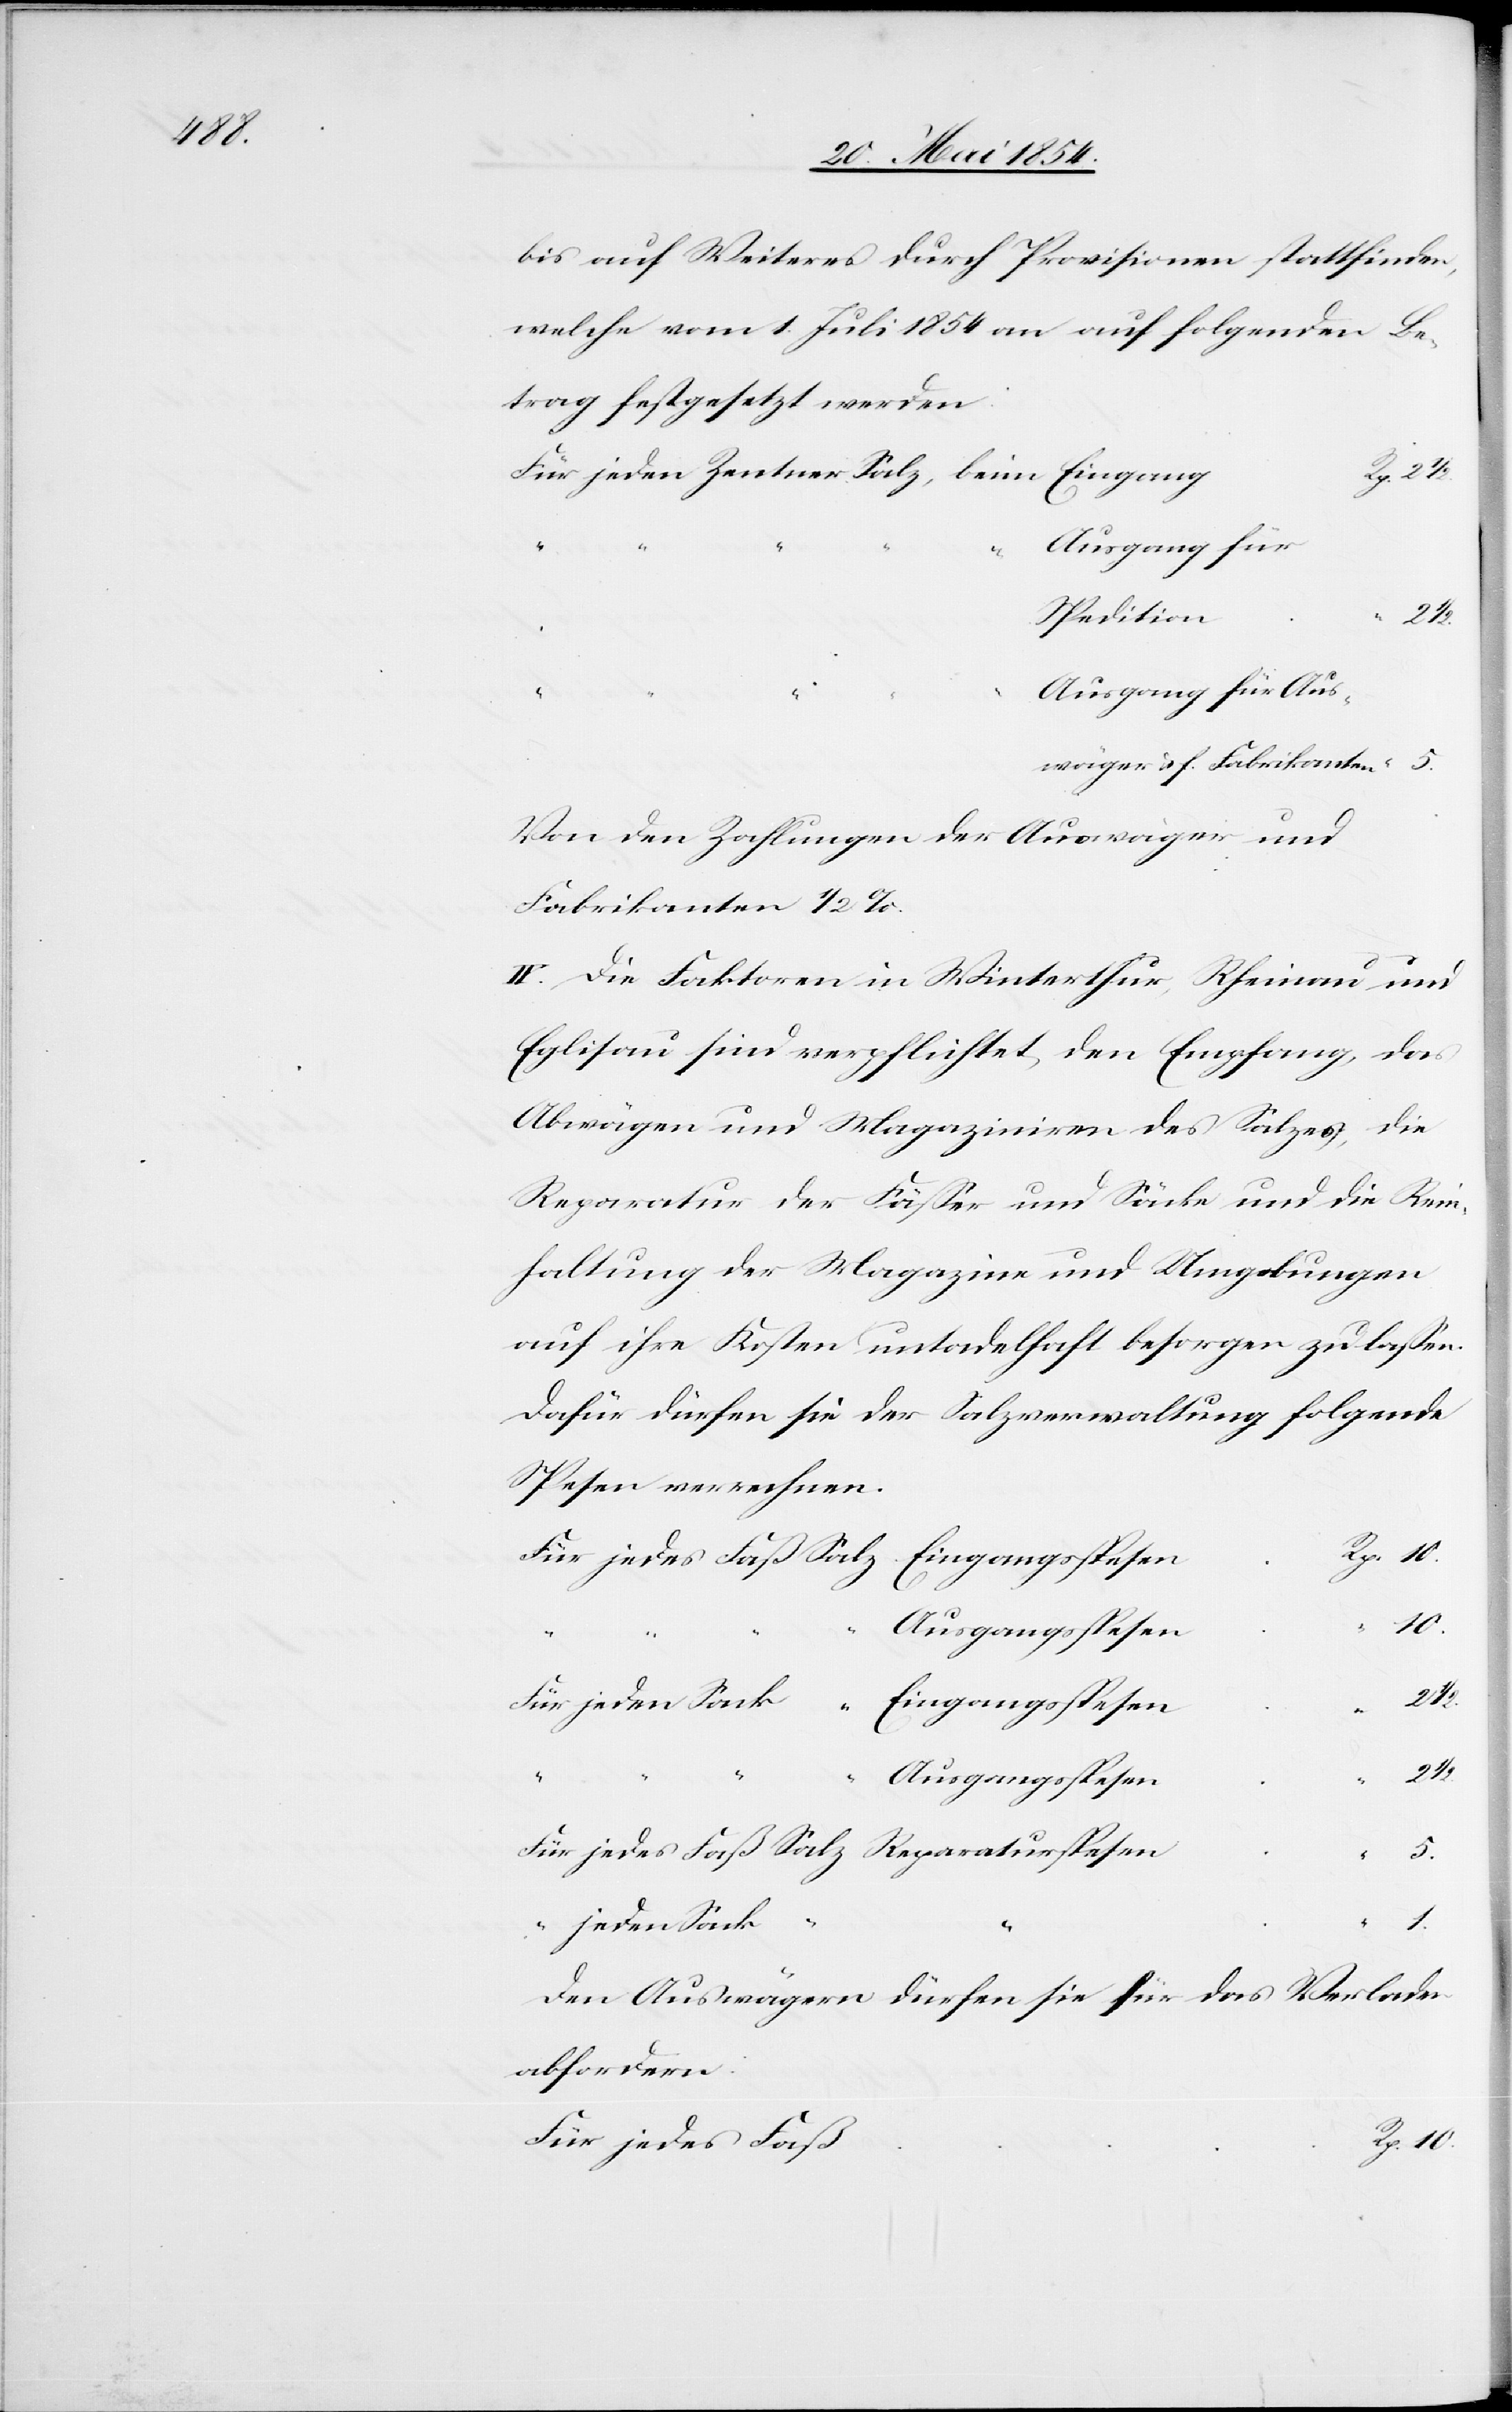
10.

bis auf Weiteres durch Provisionen stattfinden,
welche am 1. Juli 1854 an auf folgenden Be¬
trag festgesetzt werden:
jedes
Ausgang für
Spedition
Ausgang für Aus¬
wägen u. f. Fabrikanten
Von den Zahlungen der Auswäger und
Fabrikanten 1/2 %.
IV. Die Faktoren in Winterthur, Rheinau und
Eglisau sind verpflichtet, den Empfang, das
Abwägen und Magaziniren des Salzes, die
Reparatur der Fäßer und Säcke und die Rein¬
haltung der Magazine und Umgebungen
auf ihre Kosten untadelhaft besorgen zu laßen.
Dafür dürfen sie der Salzverwaltung folgende
Spesen verrechnen.
beim
1.
“
Ausgangspesen
2 1/2.
Eingangsspesen
5.
“
Den Auswägern dürfen sie für das Verladen
abfordern: